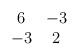
LaTeX: \begin{align*}\begin{array}{cc}6&-3\\-3&2\end{array}\end{align*}